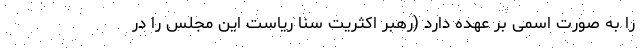
را به صورت اسمی بر عهده دارد (رهبر اکثریت سنا ریاست این مجلس را در